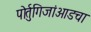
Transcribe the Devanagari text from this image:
पोर्तुगिजांआडचा